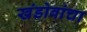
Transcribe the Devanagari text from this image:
खंडोबांचा